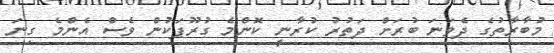
މުބާރާތުގެ ދެވަނަ ބުރަށް ދަތުރު ކުރާނީ ކޮންމެ ގުރޫޕަކުން ވެސް އެންމެ ގިނަ